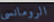
الرومانسي